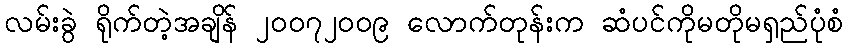
လမ်းခွဲ ရိုက်တဲ့အချိန် ၂၀၀၇၂၀၀၉ လောက်တုန်းက ဆံပင်ကိုမတိုမရှည်ပုံစံ